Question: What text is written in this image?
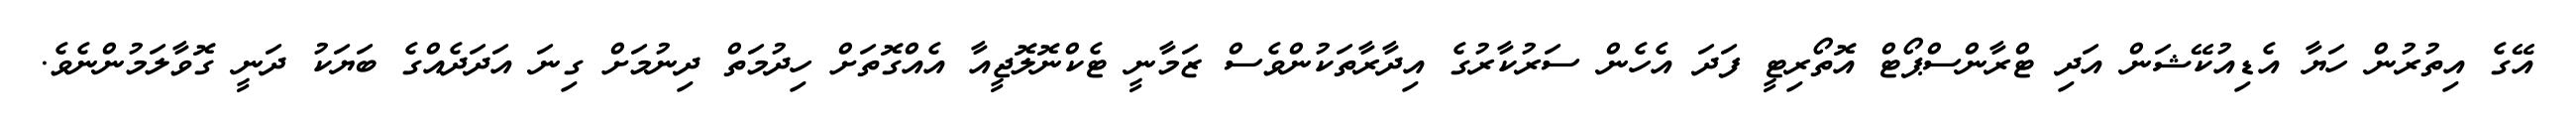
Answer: އޭގެ އިތުރުން ހަޔާ އެޑިއުކޭޝަން އަދި ޓްރާންސްޕޯޓް އޮތޯރިޓީ ފަދަ އެހެން ސަރުކާރުގެ އިދާރާތަކުންވެސް ޒަމާނީ ޓެކްނޮލޮޖީއާ އެއްގޮތަށް ހިދުމަތް ދިނުމަށް ގިނަ އަދަދެއްގެ ބަޔަކު ދަނީ ގޮވާލަމުންނެވެ.